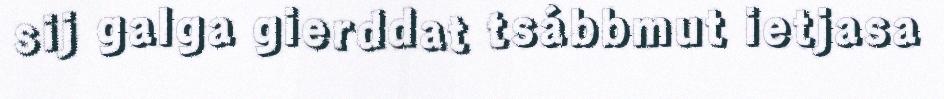
sij galga gierddat tsábbmut ietjasa